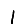
Digit: 1